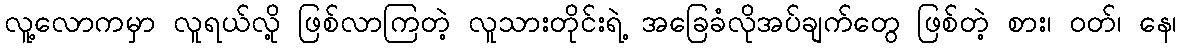
လူ့လောကမှာ လူရယ်လို့ ဖြစ်လာကြတဲ့ လူသားတိုင်းရဲ့ အခြေခံလိုအပ်ချက်တွေ ဖြစ်တဲ့ စား၊ ဝတ်၊ နေ၊